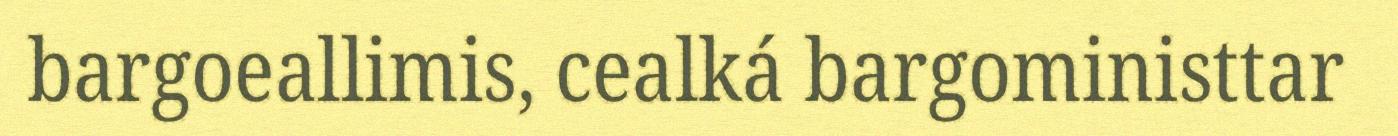
bargoeallimis, cealká bargoministtar